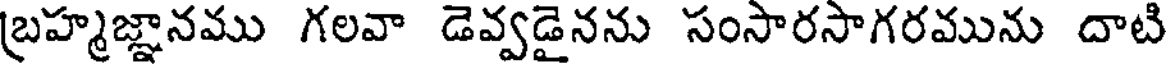
బ్రహ్మజ్ఞానము గలవా డెవ్వడైనను సంసారసాగరమును దాటి